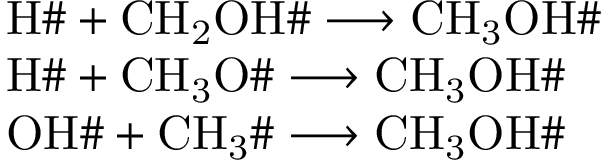
\begin{array} { r l } & { \mathrm { H \# } + \mathrm { C H _ { 2 } O H \# } \longrightarrow \mathrm { C H _ { 3 } O H \# } } \\ & { \mathrm { H \# } + \mathrm { C H _ { 3 } O \# } \longrightarrow \mathrm { C H _ { 3 } O H \# } } \\ & { \mathrm { O H \# } + \mathrm { C H _ { 3 } \# } \longrightarrow \mathrm { C H _ { 3 } O H \# } } \end{array}